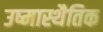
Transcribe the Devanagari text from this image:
उष्मास्थैतिक